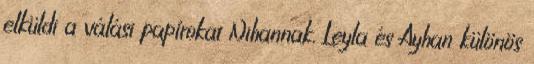
elküldi a válási papírokat Nihannak. Leyla és Ayhan különös